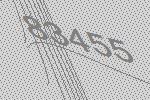
83455